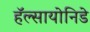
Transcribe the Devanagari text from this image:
हॅल्सायोनिडे